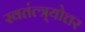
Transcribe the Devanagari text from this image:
स्वतंत्त्र्योत्तर